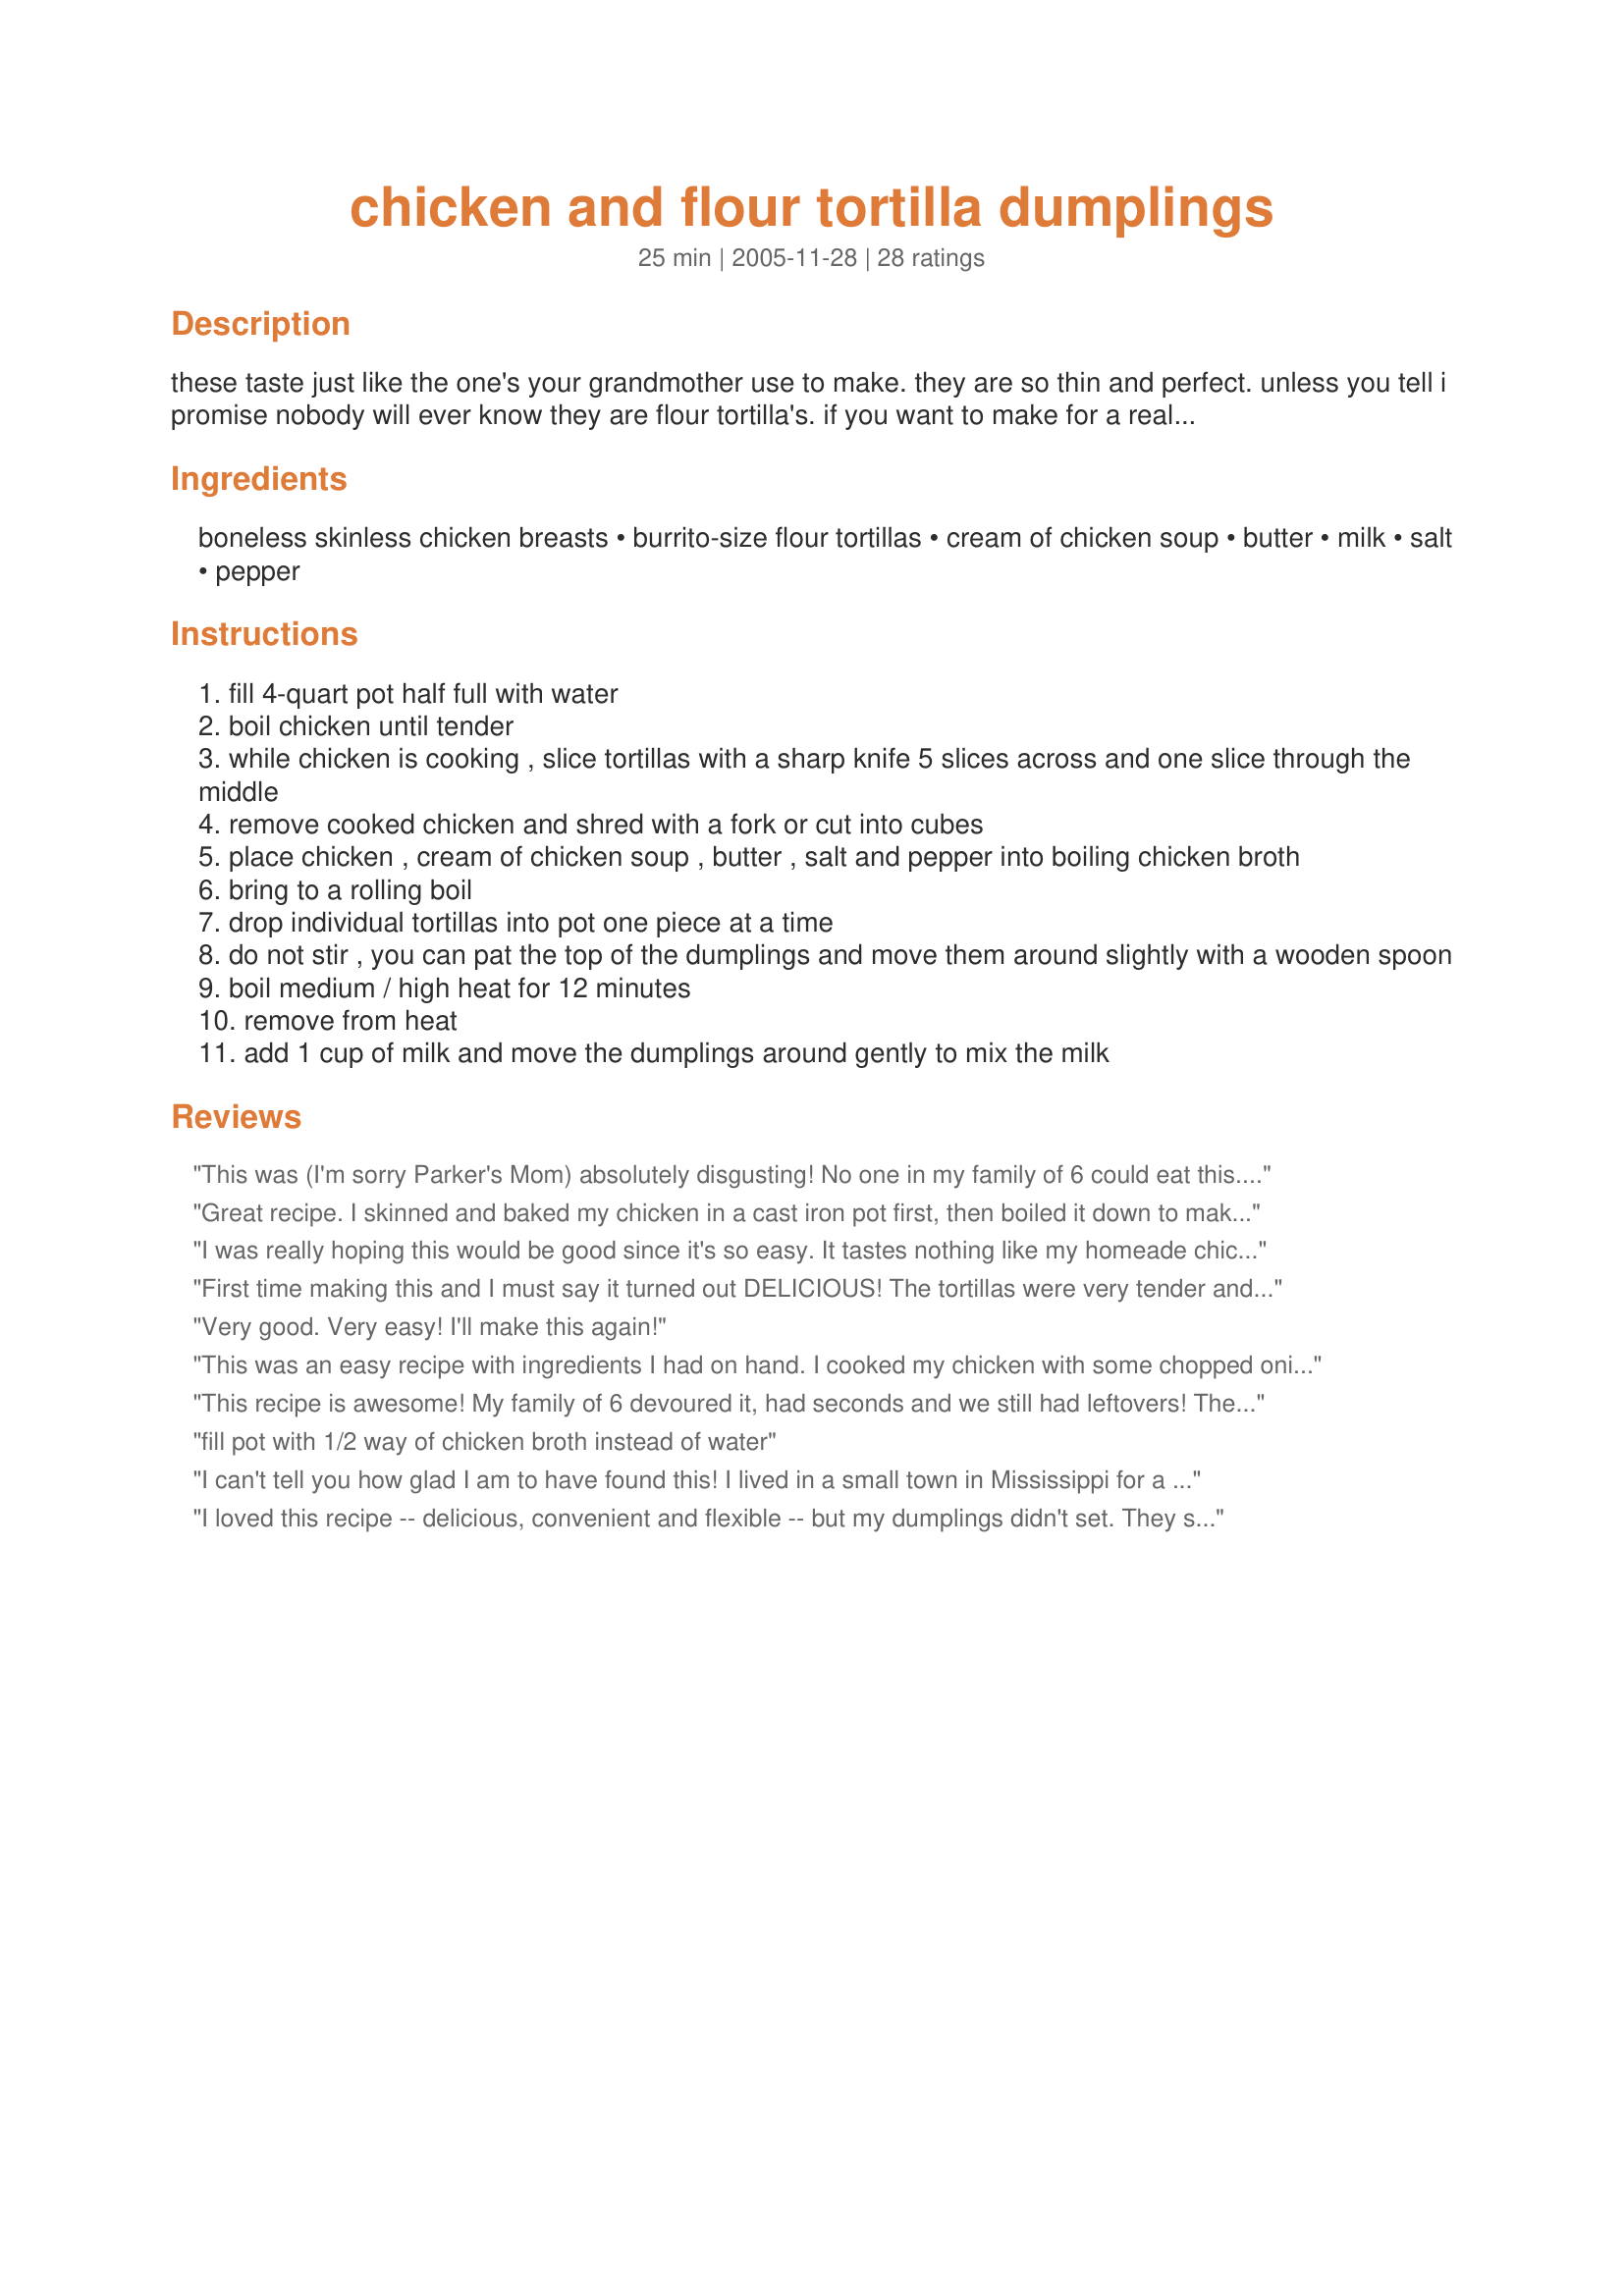
chicken and flour tortilla dumplings
Preparation time: 25 minutes

these taste just like the one's your grandmother use to make. they are so thin and perfect. unless you tell i promise nobody will ever know they are flour tortilla's. if you want to make for a really big crowd, follow the same instructions just use a 6 qt pot and an additional small pack of 8.5 oz shells. also you can omit the chicken if you want and use canned chicken broth or bouillon cubes.

Ingredients:
boneless skinless chicken breasts, burrito-size flour tortillas, cream of chicken soup, butter, milk, salt, pepper

Steps:
fill 4-quart pot half full with water
boil chicken until tender
while chicken is cooking , slice tortillas with a sharp knife 5 slices across and one slice through the middle
remove cooked chicken and shred with a fork or cut into cubes
place chicken , cream of chicken soup , butter , salt and pepper into boiling chicken broth
bring to a rolling boil
drop individual tortillas into pot one piece at a time
do not stir , you can pat the top of the dumplings and move them around slightly with a wooden spoon
boil medium / high heat for 12 minutes
remove from heat
add 1 cup of milk and move the dumplings around gently to mix the milk

Reviews:
This was (I'm sorry Parker's Mom) absolutely disgusting! No one in my family of 6 could eat this. The tortillas took on a very slimy feel and the flavor wasn't good at all. Very bland. I will definitely stick with the real dumplings from now on. Just not worth the short cut!
Great recipe. I skinned and baked my chicken in a cast iron pot first, then boiled it down to make my stock. Tortillas fluff up nicely.
I was really hoping this would be good since it's so easy. It tastes nothing like my homeade chicken and slick dumplings. Those who rate it 5 stars must not have a very good dumpling recipe... these dumplings literally taste like soggy tortillas, not dumplings. I followed this recipe exactly. Glad I tried it but I know I'll never make these again. I'll take the little extra time and make my own.
First time making this and I must say it turned out DELICIOUS! The tortillas were very tender and overall it was a big hit! I'd recommend trying this recipe. Thank you for sharing this recipe :)
Very good. Very easy!
I'll make this again!
This was an easy recipe with ingredients I had on hand. I cooked my chicken with some chopped onion, celery, grated carrot, and salt & pepper. The tortillas were a little bit soggy but the flavor was so good I will keep experimenting with this recipe till I get the texture right.
This recipe is awesome! My family of 6 devoured it, had seconds and we still had leftovers! The only substitution I made was after the chicken was cooked, I replaced half the water with chicken stock. Delicious and so easy. My husband was baffled by the dumplings and even after I told him they were tortillas, he was still amazed.
fill pot with 1/2 way of chicken broth instead of water
I can't tell you how glad I am to have found this! I lived in a small town in Mississippi for a few years and every home and restaurant in the area served "Chicken Pie" on Sunday. It was this exact recipe except it was finished in the oven with extra tortilla strips on top. Thank you, Parker's Mom!
I loved this recipe -- delicious, convenient and flexible -- but my dumplings didn't set. They stayed as strips. I used smaller torts, but they were whole wheat, maybe that matters?
I have tried several different recipes for chicken and dumplings! This one is by far the best. I used half chicken broth and water to cover the chicken and added about 1 tsp of garlic salt. This was absolutely delicious!
This recipe was so simple and they came out great. I was trying to think of something quick, with items that i already had at home. I served them with some cornbread. I will definitely be doing this recipe from now on!
This tasted just as it should ... good comfort food for cold weather! We will make again!
Surprisingly very good! I set it in front of my boyfriend who loves dumplings and he was so excited about how good it was. When I told him it was tortillas he was shocked. Very easy and yummy.
I've been making chicken and dumplings this way for probably 20 years, but never really had a recipe to go by. This is the first time I've made it with cream of chicken soup, other than that everything else is the same. These are so good and so easy. Since I was a small child I've love chicken and dumplings. I could eat them every week! This is true comfort food for me.
When the weather is cold and blustery outside this is a quick and easy comfort food. I have made this numerous times and no one can tell that the dumplings are made of flour tortillas. I also use chicken stock and sometimes add vegetables.
Good, will make again.
I make chicken and dumplins and always have great reviews and people want me to make them and bring them to there house. I have given them away as a gift. So I&#039;m very partial on my southern dumplins. But, I thought I would give this a try not figuring I was reading it right with flour tortillas as I have tried to cook them similar to this before but I thought I would give it a try. It was alot less time then mine and I used a chicken boullian for the chicken broth. Well to my my surprise it came out pretty good. The tortilla has a little different texture but quickly got use to it. Mine started to burn a little on the bottom it said not to stir. It was a very hard thing to not stir as mine has alot of stir well most of the southern foods I make needs lots of stirring. But, I give it a five star. Great flavor, cheaper than my dumplins, alot quicker and can&#039;t wait to share.
This is a great recipe and very easy. However, I do prefer hmemade dough for the dumplings. The broth flavor of this was perfect and I always us a whole chicken because I have 1/2 for a chicken pot pie and 1/2 for the dumplings. If you're in a hurry the tortilla's work well.
My family loved this recipe! The only problem was that it was incredibly salty, so next time I will leave out the salt & use low sodium cream of chicken. This will become one of our usuals!
SIMPLY DELICIOUS! These totally rivaled Cracker Barrel's dumplings. This was the easiest and cheapest recipe that has yet to enter my kitchen. I am so happy I have an easy alternative to the "old" way of making dumplings. This is a new favourite at our house!
This is delicious filling soup and we love how the tortillas are kind of like noodles. I made it as written 1st to be able to review on it properly. I made it again today and I added a carrot and celery stalk along with some onion powder and poultry seasoning. It made a good soup great.
This was delicious; however I added carrots, onions, peas and parsley for flavor and to make it more filling. Also instead of making broth, I used canned chicken broth, which worked out fine.
This was an amazing recipe and so easy to make! Thank you for sharing this...it is definitely a keeper for my family!!
Wonderful! This is how my mom has always made chicken and dumplings. She had to make triple batches when I was in high school because about 10 kids would show up to eat them. The only thing she does differently is use chicken stock instead of water. Of course she also cooked a whole chicken instead of using just breasts. I make mine just like this recipe. Sooo good. I have always thought what most people call normal dumplings were gross. Thick and doughy-- yuck! I will stick with this. Thanks for posting!
OMG This recipe is sooooo good and fast. Loved it. Will definitely make it again. I used one can of cream of chicken with herbs and a can of creamof mushroom with garlic....wonderful medley of flavors
I am so happy I tried this recipe. My husband loves rolled dumplings, but frankly I am too lazy to even try to make them. I saw this recipe and thought I would give it a try, I am so happy I did. My husband loved it! This is pure comfort food and I am sure I will make it often. Thank you so much for sharing.
Flour tortilla dumplings?! I couldn't quite believe it would be so easy. Well, sure enough, they turned out wonderful. Additions I made: I cooked some carrots, onions and celery til softened in a skillet with some bacon grease. I also spiced it up with some rosemary, thyme, garlic powder, etc.
